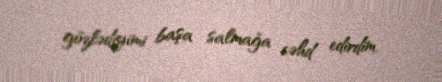
gözlədiyimi başa salmağa cəhd edirdim.